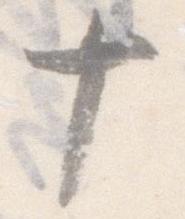
十